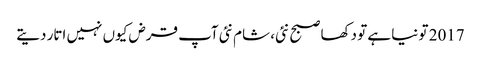
2017 تو نیا ہے تو دکھا صبح نئی، شام نئی	 آپ قرض کیوں نہیں اتار دیتے